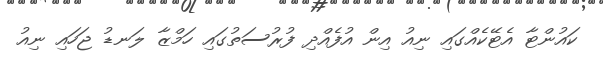
ކައުންޓާ އެޓޭކެއްގައި ނިއު އިން އުފެއްދި ފުރުސަތުގައި ހަމްޒާ ލަނޑު ޖަހައި ނިއު